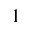
1